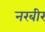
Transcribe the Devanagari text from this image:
नरबीर